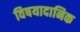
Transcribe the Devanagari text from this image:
विषयादानिक